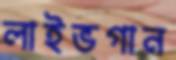
লাইভগান